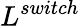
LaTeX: L^{switch}